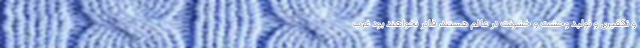
و تکفیری و تولید وحشت و خشونت در عالم هستند، قادر نخواهند بود غرب